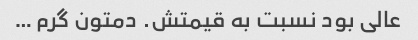
عالی بود نسبت به قیمتش. دمتون گرم …